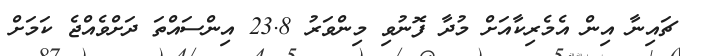
ޗައިނާ އިން އެމެރިކާއަށް މުދާ ފޮނުވި މިންވަރު 23.8 އިންސައްތަ ދަށްވެއްޖެ ކަމަށް